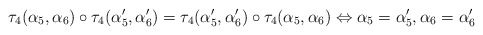
\begin{align*}\tau_4(\alpha_5,\alpha_6)\circ \tau_4(\alpha'_5,\alpha'_6)=\tau_4(\alpha'_5,\alpha'_6)\circ \tau_4(\alpha_5,\alpha_6) \Leftrightarrow \alpha_5=\alpha'_5, \alpha_6=\alpha'_6\end{align*}